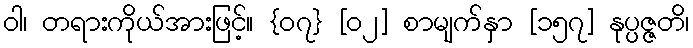
ဝါ၊ တရားကိုယ်အားဖြင့်။ {၀၇} [၀၂] စာမျက်နှာ [၁၅၇] နုပ္ပဇ္ဇတိ၊